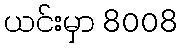
ယင်းမှာ 8008